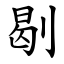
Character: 㓭